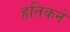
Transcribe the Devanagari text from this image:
हृतिकने